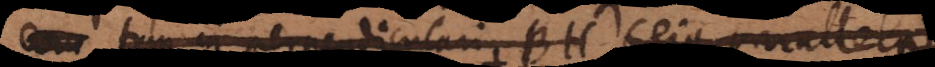
cum tum in perpendiculari BH (ejusque parallela)